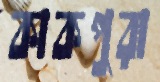
কাকপুরা